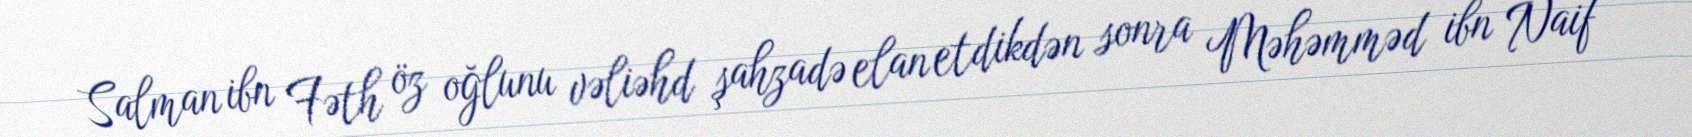
Salman ibn Fəth öz oğlunu vəliəhd şahzadə elan etdikdən sonra Məhəmməd ibn Naif